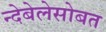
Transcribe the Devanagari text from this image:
न्देबेलेसोबत